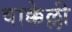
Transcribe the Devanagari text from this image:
वाक्केल्ली